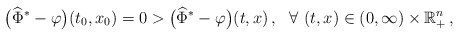
\begin{align*}\big(\widehat{\Phi}^* - \varphi\big)(t_0,x_0) = 0 > \big(\widehat{\Phi}^* - \varphi\big)(t,x)\,, \ \ \forall\ (t,x)\in (0,\infty) \times \mathbb{R}_{+}^n\,,\end{align*}